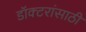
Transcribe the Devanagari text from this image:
डॉक्टरांसाठी